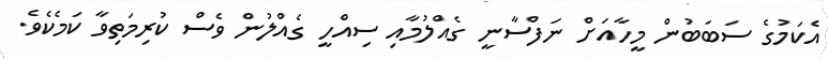
އެކަމުގެ ސަބަބުން މީހާއަށް ނަފްސާނީ ގެއްލުމާއި ސިއްހީ ގެއްލުން ވެސް ކުރިމަތިވާ ކަމެކެވެ.